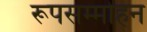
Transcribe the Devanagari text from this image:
रूपसम्मोहन